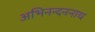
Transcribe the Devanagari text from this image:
अभिनन्दननाथ